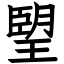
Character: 朢